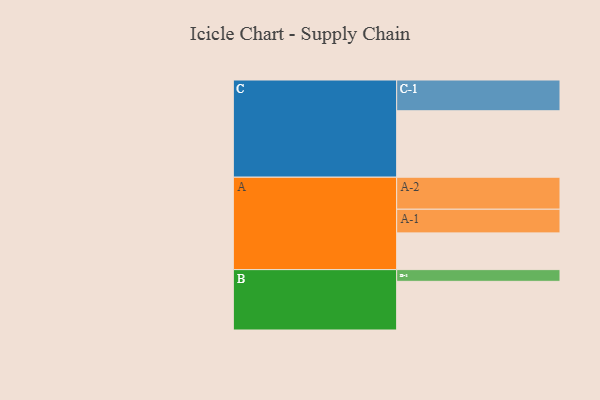
{"axis": {"x": "Segment", "y": "Value"}, "legend": ["", "A", "B", "C"], "data": [{"x": "A", "y": 326, "type": ""}, {"x": "B", "y": 432, "type": ""}, {"x": "C", "y": 590, "type": ""}, {"x": "A-1", "y": 210, "type": "A"}, {"x": "A-2", "y": 284, "type": "A"}, {"x": "B-1", "y": 104, "type": "B"}, {"x": "C-1", "y": 273, "type": "C"}]}